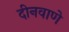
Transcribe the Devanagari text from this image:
दीनवाणे